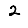
Digit: 2